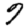
Digit: 9